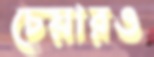
চেয়ারও